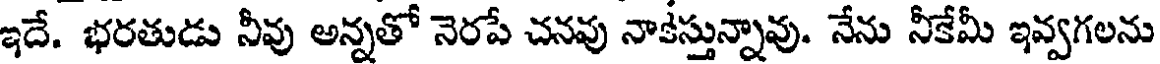
ఇదే. భరతుడు నీవు అన్నతో నెరపే చనవు నాకేస్తున్నావు. నేను నీకేమీ ఇవ్వగలను